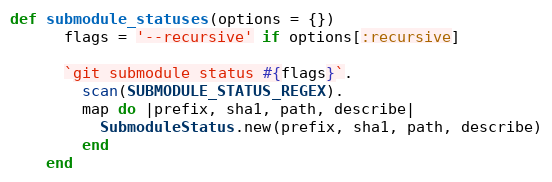
Language: Ruby
def submodule_statuses(options = {})
      flags = '--recursive' if options[:recursive]

      `git submodule status #{flags}`.
        scan(SUBMODULE_STATUS_REGEX).
        map do |prefix, sha1, path, describe|
          SubmoduleStatus.new(prefix, sha1, path, describe)
        end
    end